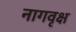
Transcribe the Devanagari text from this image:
नागवृक्ष